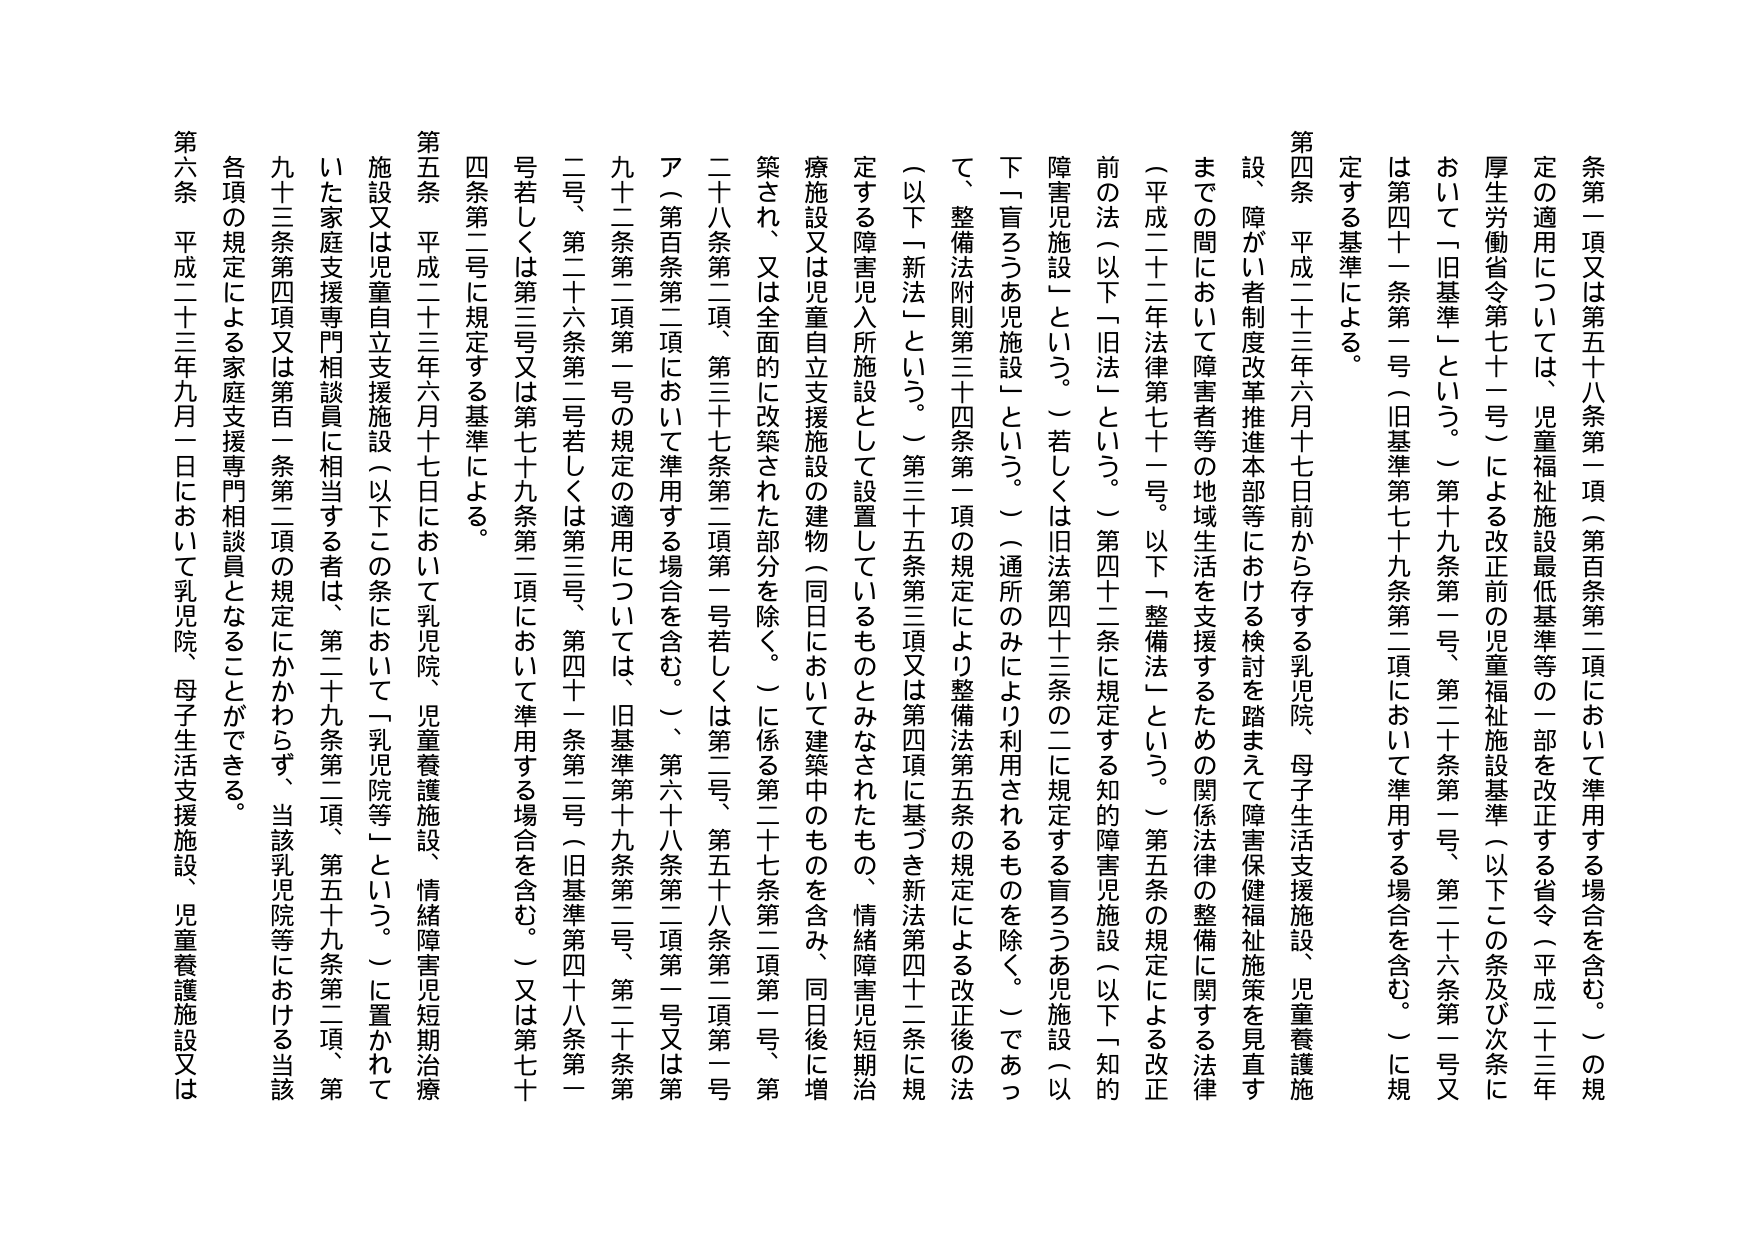
条第一項又は第五十八条第一項（第百条第二項において準用する場合を含む。）の規定の適用については、児童福祉施設最低基準等の一部を改正する省令（平成二十三年厚生労働省令第七十一号）による改正前の児童福祉施設基準（以下この条及び次条において「旧基準」という。）第十九条第一号、第二十条第一号、第二十六条第一号又は第四十一条第一号（旧基準第七十九条第二項において準用する場合を含む。）に規定する基準による。

第四条　平成二十三年六月十七日前から存する乳児院、母子生活支援施設、児童養護施設、障がい者制度改革推進本部等における検討を踏まえて障害保健福祉施策を見直すまでの間において障害者等の地域生活を支援するための関係法律の整備に関する法律（平成二十二年法律第七十一号。以下「整備法」という。）第五条の規定による改正前の法（以下「旧法」という。）第四十二条に規定する知的障害児施設（以下「知的障害児施設」という。）若しくは旧法第四十三条の二に規定する盲ろうあ児施設（以下「盲ろうあ児施設」という。）（通所のみにより利用されるものを除く。）であつて、整備法附則第三十四条第一項の規定により整備法第五条の規定による改正後の法（以下「新法」という。）第三十五条第三項又は第四項に基づき新法第四十二条に規定する障害児入所施設として設置しているものとみなされたもの、情緒障害児短期治療施設又は児童自立支援施設の建物（同日において建築中のものを含み、同日後に増築され、又は全面的に改築された部分を除く。）に係る第二十七条第二項第一号、第二十八条第二項、第三十七条第二項第一号若しくは第二号、第五十八条第二項第一号（第百条第二項において準用する場合を含む。）、第六十八条第二項第一号又は第九十二条第二項第一号の規定の適用については、旧基準第十九条第二号、第二十条第二号、第二十六条第二号若しくは第三号、第四十一条第二号（旧基準第四十八条第一号若しくは第三号又は第七十九条第二項において準用する場合を含む。）又は第七十四条第二号に規定する基準による。

第五条　平成二十三年六月十七日において乳児院、児童養護施設、情緒障害児短期治療施設又は児童自立支援施設（以下この条において「乳児院等」という。）に置かれていた家庭支援専門相談員に相当する者は、第二十九条第二項、第五十九条第二項、第九十三条第四項又は第百一条第二項の規定にかかわらず、当該乳児院等における当該各項の規定による家庭支援専門相談員となることができる。

第六条　平成二十三年九月一日において乳児院、母子生活支援施設、児童養護施設又は